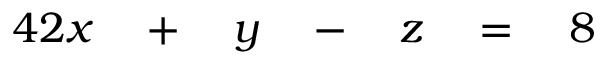
\begin{array} { r l r l r l r l } { { 4 } 2 x } & { { } { } + { } } & { y } & { { } { } - { } } & { z } & { { } { } = { } } & { 8 } & { { } } \end{array}